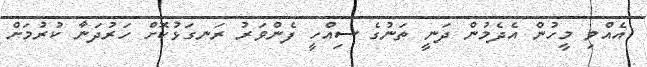
އެއްވި މީހުން އެދެމުން ދަނީ ތަނުގެ ސިއްހީ ފެންވަރު ރަނގަޅުކޮށް ހަރުދަނާ ކުރުމަށް